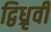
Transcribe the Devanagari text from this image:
द्विध्रृवी